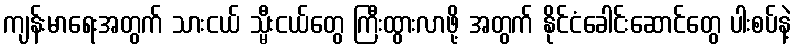
ကျန်းမာရေးအတွက် သားငယ် သ္မီးငယ်တွေ ကြီးထွားလာဖို့ အတွက် နိုင်ငံခေါင်းဆောင်တွေ ပါးစပ်နဲ့